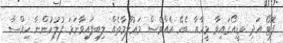
ފޮޓޯ އަދި ވީޑިއޯގައިވާ މީހާއާ ބެހޭ އެއްވެސް މަޢުލޫމާތެއް ލިބިފައިވާނަމަ ފުލުހުންނާ ހިއްސާ